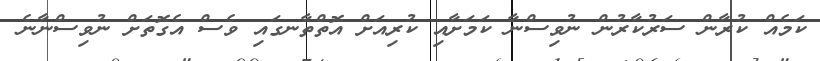
ކަމެއް ކުރާން ސަރުކާރުން ނުވިސްނާ ކަމަށާއި ކުރިއަށް އޮތްތާނގައި ވެސް އެގޮތަށް ނުވިސްނާނެ